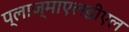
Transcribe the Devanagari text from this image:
प्लाज्माएलडीएल